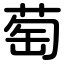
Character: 萄